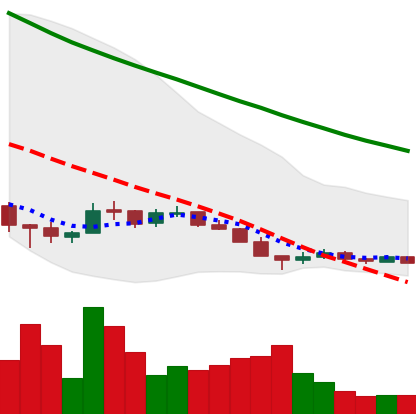
Ticker: ADA-USD
Chart end date: 2018-12-13
Forward return: 18.996%
Label: up_7plus